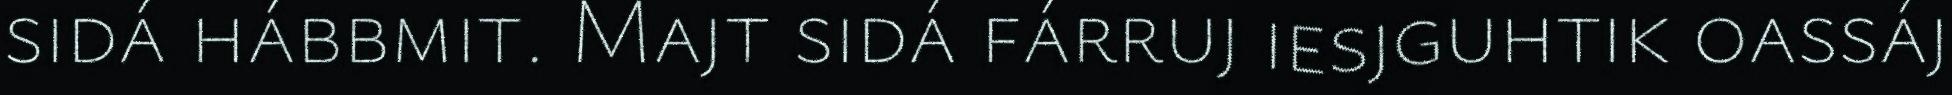
sidá hábbmit. Majt sidá fárruj iesjguhtik oassáj